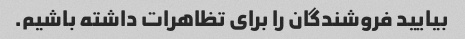
بیایید فروشندگان را برای تظاهرات داشته باشیم.